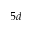
5 d